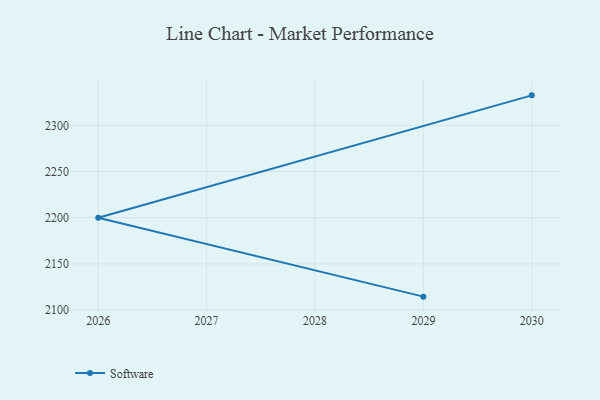
{"axis": {"x": "Year", "y": "Churn Rate (%)"}, "legend": ["Software"], "data": [{"x": "2029", "y": 2114.6, "type": "Software"}, {"x": "2026", "y": 2200.1, "type": "Software"}, {"x": "2030", "y": 2332.6, "type": "Software"}]}